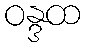
ဝန္ဒထ